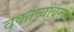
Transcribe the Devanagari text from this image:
वक्तव्यांवरून